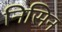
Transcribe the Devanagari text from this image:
निसिन